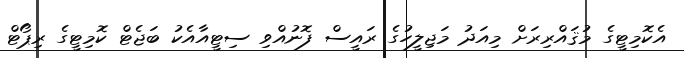
އެކޮމިޓީގެ މުޤައްރިރަށް މިއަދު މަޖިލީހުގެ ރައީސް ފޮނުއްވި ސިޓީއާއެކު ބަޖެޓް ކޮމިޓީގެ ރިޕޯޓް